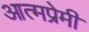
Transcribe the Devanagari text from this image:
आत्मप्रेमी